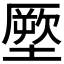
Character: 𭏪